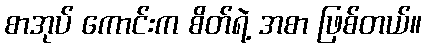
စာအုပ် ကောင်းက စိတ်ရဲ့ အစာ ဖြစ်တယ်။